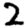
Digit: 2